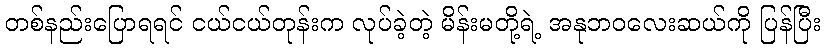
တစ်နည်းပြောရရင် ငယ်ငယ်တုန်းက လုပ်ခဲ့တဲ့ မိန်းမတို့ရဲ့ အနုဘဝလေးဆယ်ကို ပြန်ပြီး